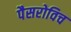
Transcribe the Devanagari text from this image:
पैसरोविच